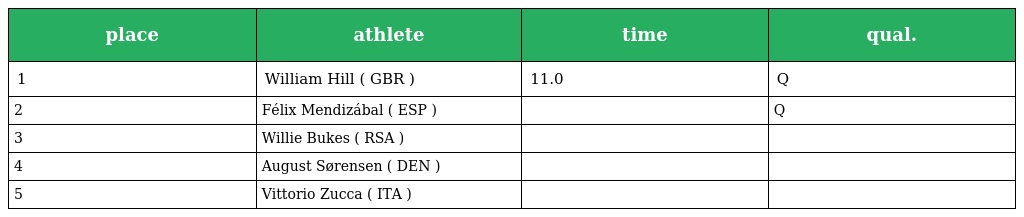
| place | athlete | time | qual. |
 | --- | --- | --- | --- |
 | 1 | William Hill ( GBR ) | 11.0 | Q |
 | 2 | Félix Mendizábal ( ESP ) |  | Q |
 | 3 | Willie Bukes ( RSA ) |  |  |
 | 4 | August Sørensen ( DEN ) |  |  |
 | 5 | Vittorio Zucca ( ITA ) |  |  |